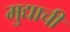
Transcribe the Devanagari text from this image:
मुद्याची